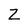
Character: Z